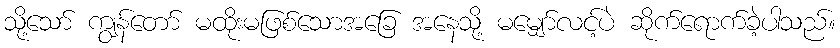
သို့သော် ကျွန်တော် မထိုးမဖြစ်သောအခြေ အနေသို့ မမျှော်လင့်ပဲ ဆိုက်ရောက်ခဲ့ပါသည်။